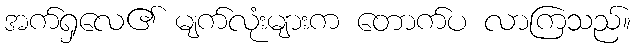
အက်ရှလေ၏ မျက်လုံးများက တောက်ပ လာကြသည်။